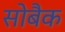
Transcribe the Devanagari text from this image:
सोबैक